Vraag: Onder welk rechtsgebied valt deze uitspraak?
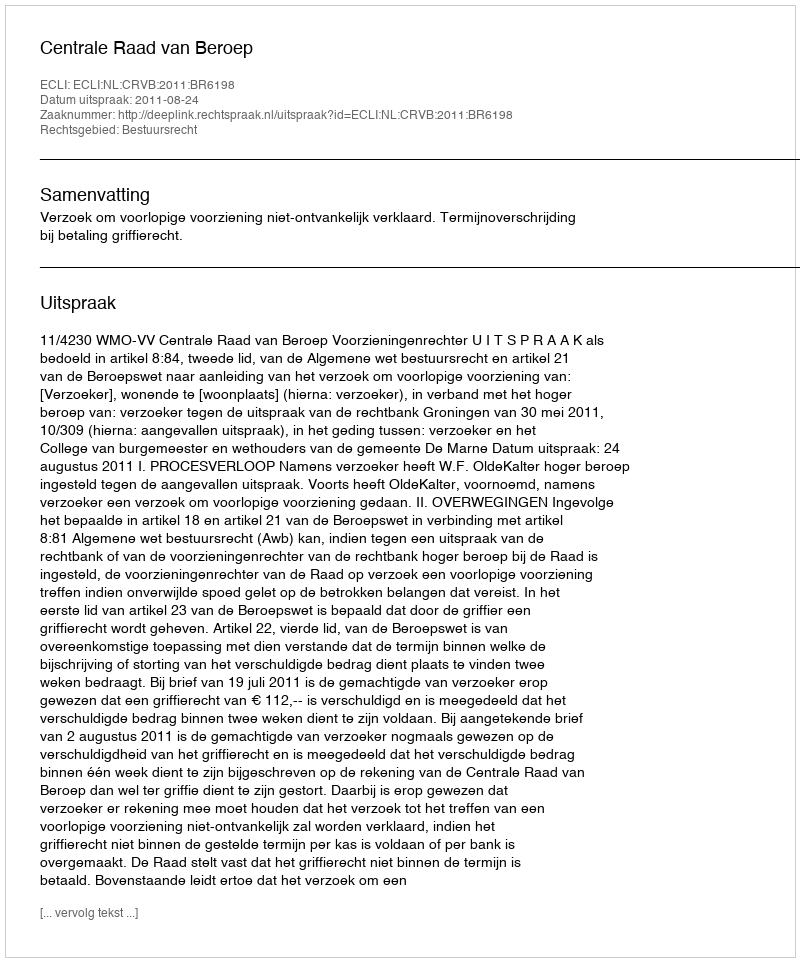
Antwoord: Bestuursrecht